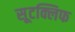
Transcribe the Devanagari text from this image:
सूटक्लिफ